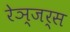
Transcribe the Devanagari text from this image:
रेञ्जर्स